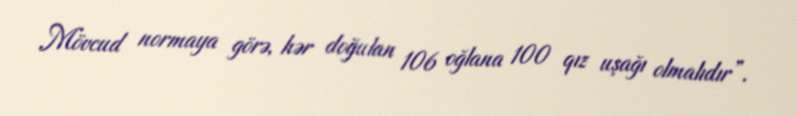
Mövcud normaya görə, hər doğulan 106 oğlana 100 qız uşağı olmalıdır”.